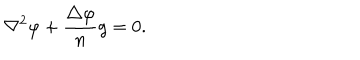
\nabla ^ { 2 } \varphi + { \frac { \triangle \varphi } { n } } g = 0 .